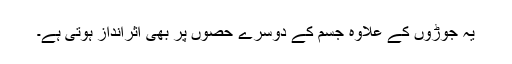
یہ جوڑوں کے علاوہ جسم کے دوسرے حصوں پر بھی اثرانداز ہوتی ہے۔